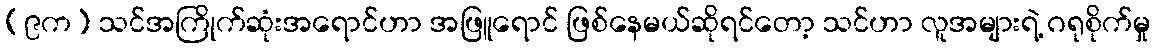
(၉က) သင်အကြိုက်ဆုံးအရောင်ဟာ အဖြူရောင် ဖြစ်နေမယ်ဆိုရင်တော့ သင်ဟာ လူအများရဲ့ ဂရုစိုက်မှု